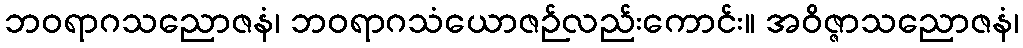
ဘဝရာဂသညောဇနံ၊ ဘဝရာဂသံယောဇဉ်လည်းကောင်း။ အဝိဇ္ဇာသညောဇနံ၊